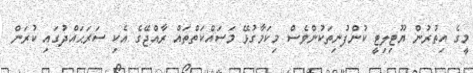
މީގެ އިތުރުން ޔޫޓިލިޓީ ކުންފުނިތަކުންވެސް މިކަމާގުޅޭ މަސައްކަތްތައް ރާއްޖޭގެ އެކި ސަރަޙައްދުގައި ކުރަން